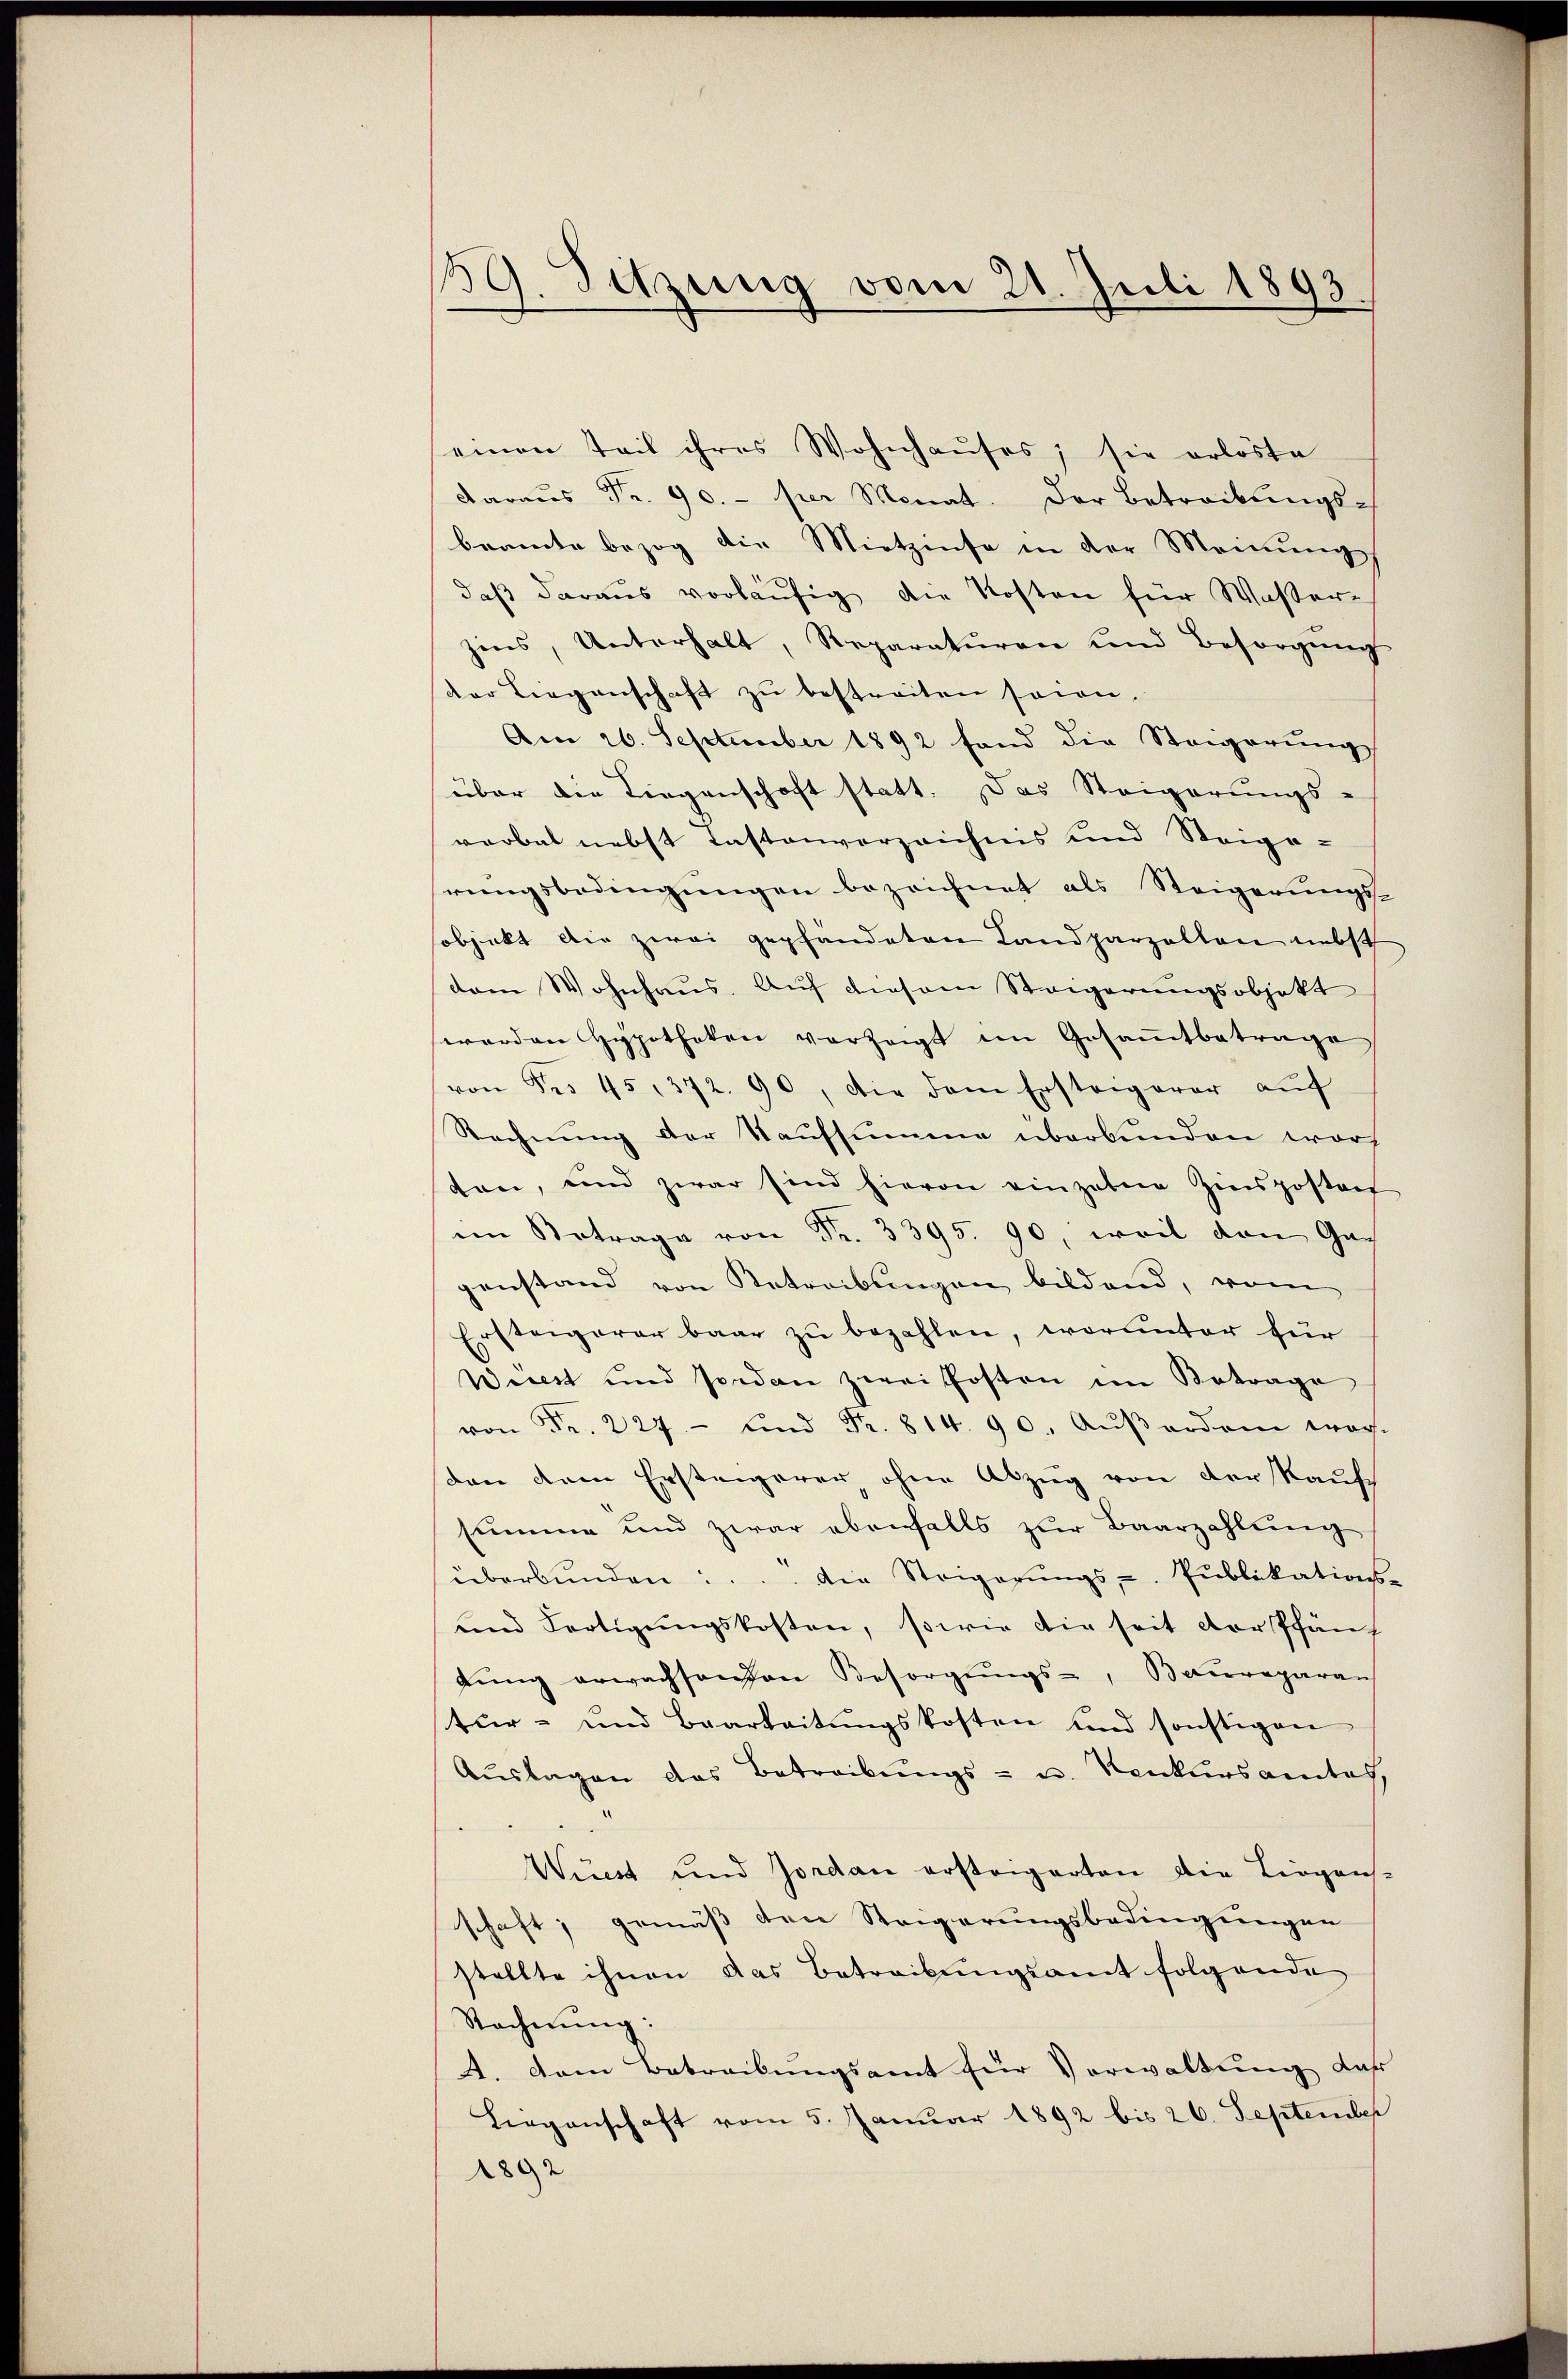
139. Sitzung vom 21. Juli 1893.

einen Teil ihres Wohnhaŭses; sie erlöste
daraus Fr. 90. - per Monat. Der Betreibungs-
beamte bezog die Mietzinse in der Meinung
daß daraus vorläufig die Kosten für Waßerzins, Unterhalt, Reparaturen und Besorgŭng
der Liegenschaft zu bestreiten sein.
Am 26. September 1892 fand die Steigerungs
über die Liegenschaft statt. Das Steigerungs-
verbal nebst Tastenverzeichnis und Steige-
rungsbedingungen bezeichnet als Steigerungssobjekt die zwei gepfandeten Landparzelten nebst
dem Wohnhaus. Auf diesem Steigerungsobjekt
werden Hypotheken vorzeigt im Gesaṁtbetrage
von Fr. 45. 372. 90, die dem Ersteigerer aŭf
Rechnung der Kaufsumme überbunden warf
ten, und zwar sind hievon eingaben Zinspostan
im Betrage von Fr. 3395. 90, weil den Ga
genstand von Betreibungen bildend, vom
Ersteigerer baar zŭ bezahlen, worunter für
Wüest und sodan zwei Posten im Betrage
von Fr. 227 - und Fr. 814. 90. Aŭβerden war.
son dem Ersteigerer, ohne Abzug von der Kaufs
summe und zwar ebenfalls zur Baarzahlung
überbŭnden .... die Steigerŭngs- Pŭblikations-
und Fertigŭngskosten, sowie die seit der Pfän
tŭng erwachsenden Besorgŭngs-, Baureparan
tur- und Bearbeitŭngskosten und sonstigen
Aŭslagen das Betreibŭngs- u. Konkursamtes,
Wüest und Jordan ersteigerten die Liegens-
schaft; gemäß den Steigerungsbedingungen
stellte ihnen das Betreibŭngsamt folgende
Rocherŭng:
A. Dem Betreibungsamt für Vorwaltung der
Liegenschaft vom 5. Januar 1892 bis 26. September
1892